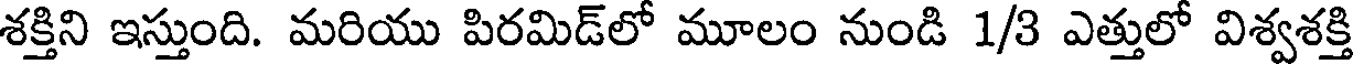
శక్తిని ఇస్తుంది. మరియు పిరమిడ్లో మూలం నుండి 1/3 ఎత్తులో విశ్వశక్తి